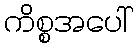
ကိစ္စအပေါ်